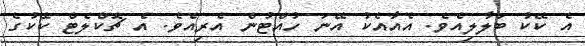
އެ ކޭކު ބަލާލިއެވެ. އެއާއެކު އޭނަ ހުއްޓުން އެރިއެވެ. އެ ޗޮކްލެޓް ކޭކުގެ